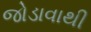
જોડાવાથી